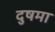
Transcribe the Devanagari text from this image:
दुषमा